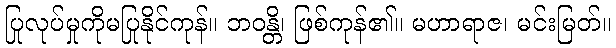
ပြုလုပ်မှုကိုမပြုနိုင်ကုန်။ ဘဝန္တိ၊ ဖြစ်ကုန်၏။ မဟာရာဇ၊ မင်းမြတ်။